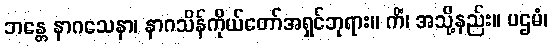
ဘန္တေ နာဂသေနာ၊ နာဂသိန်ကိုယ်တော်အရှင်ဘုရား။ ကိံ၊ အသို့နည်း။ ပဌမံ၊